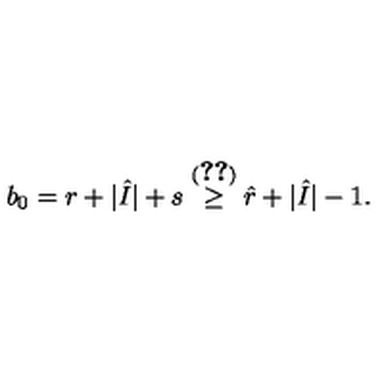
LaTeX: b _ { 0 } = r + | \hat { I } | + s \stackrel { ( \ref { l : l i 0 } ) } { \geq } \hat { r } + | \hat { I } | - 1 .